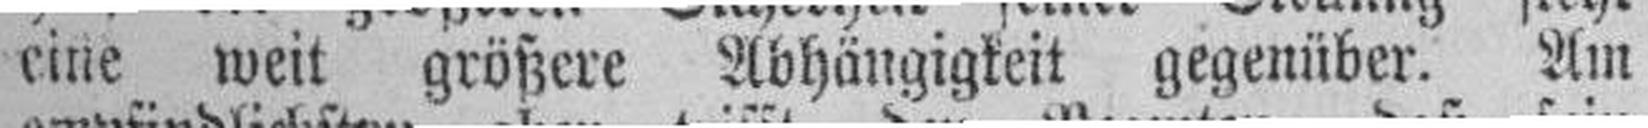
eine weit größere Abhängigkeit gegenüber. Am